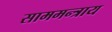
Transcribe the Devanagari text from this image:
साममन्त्राय